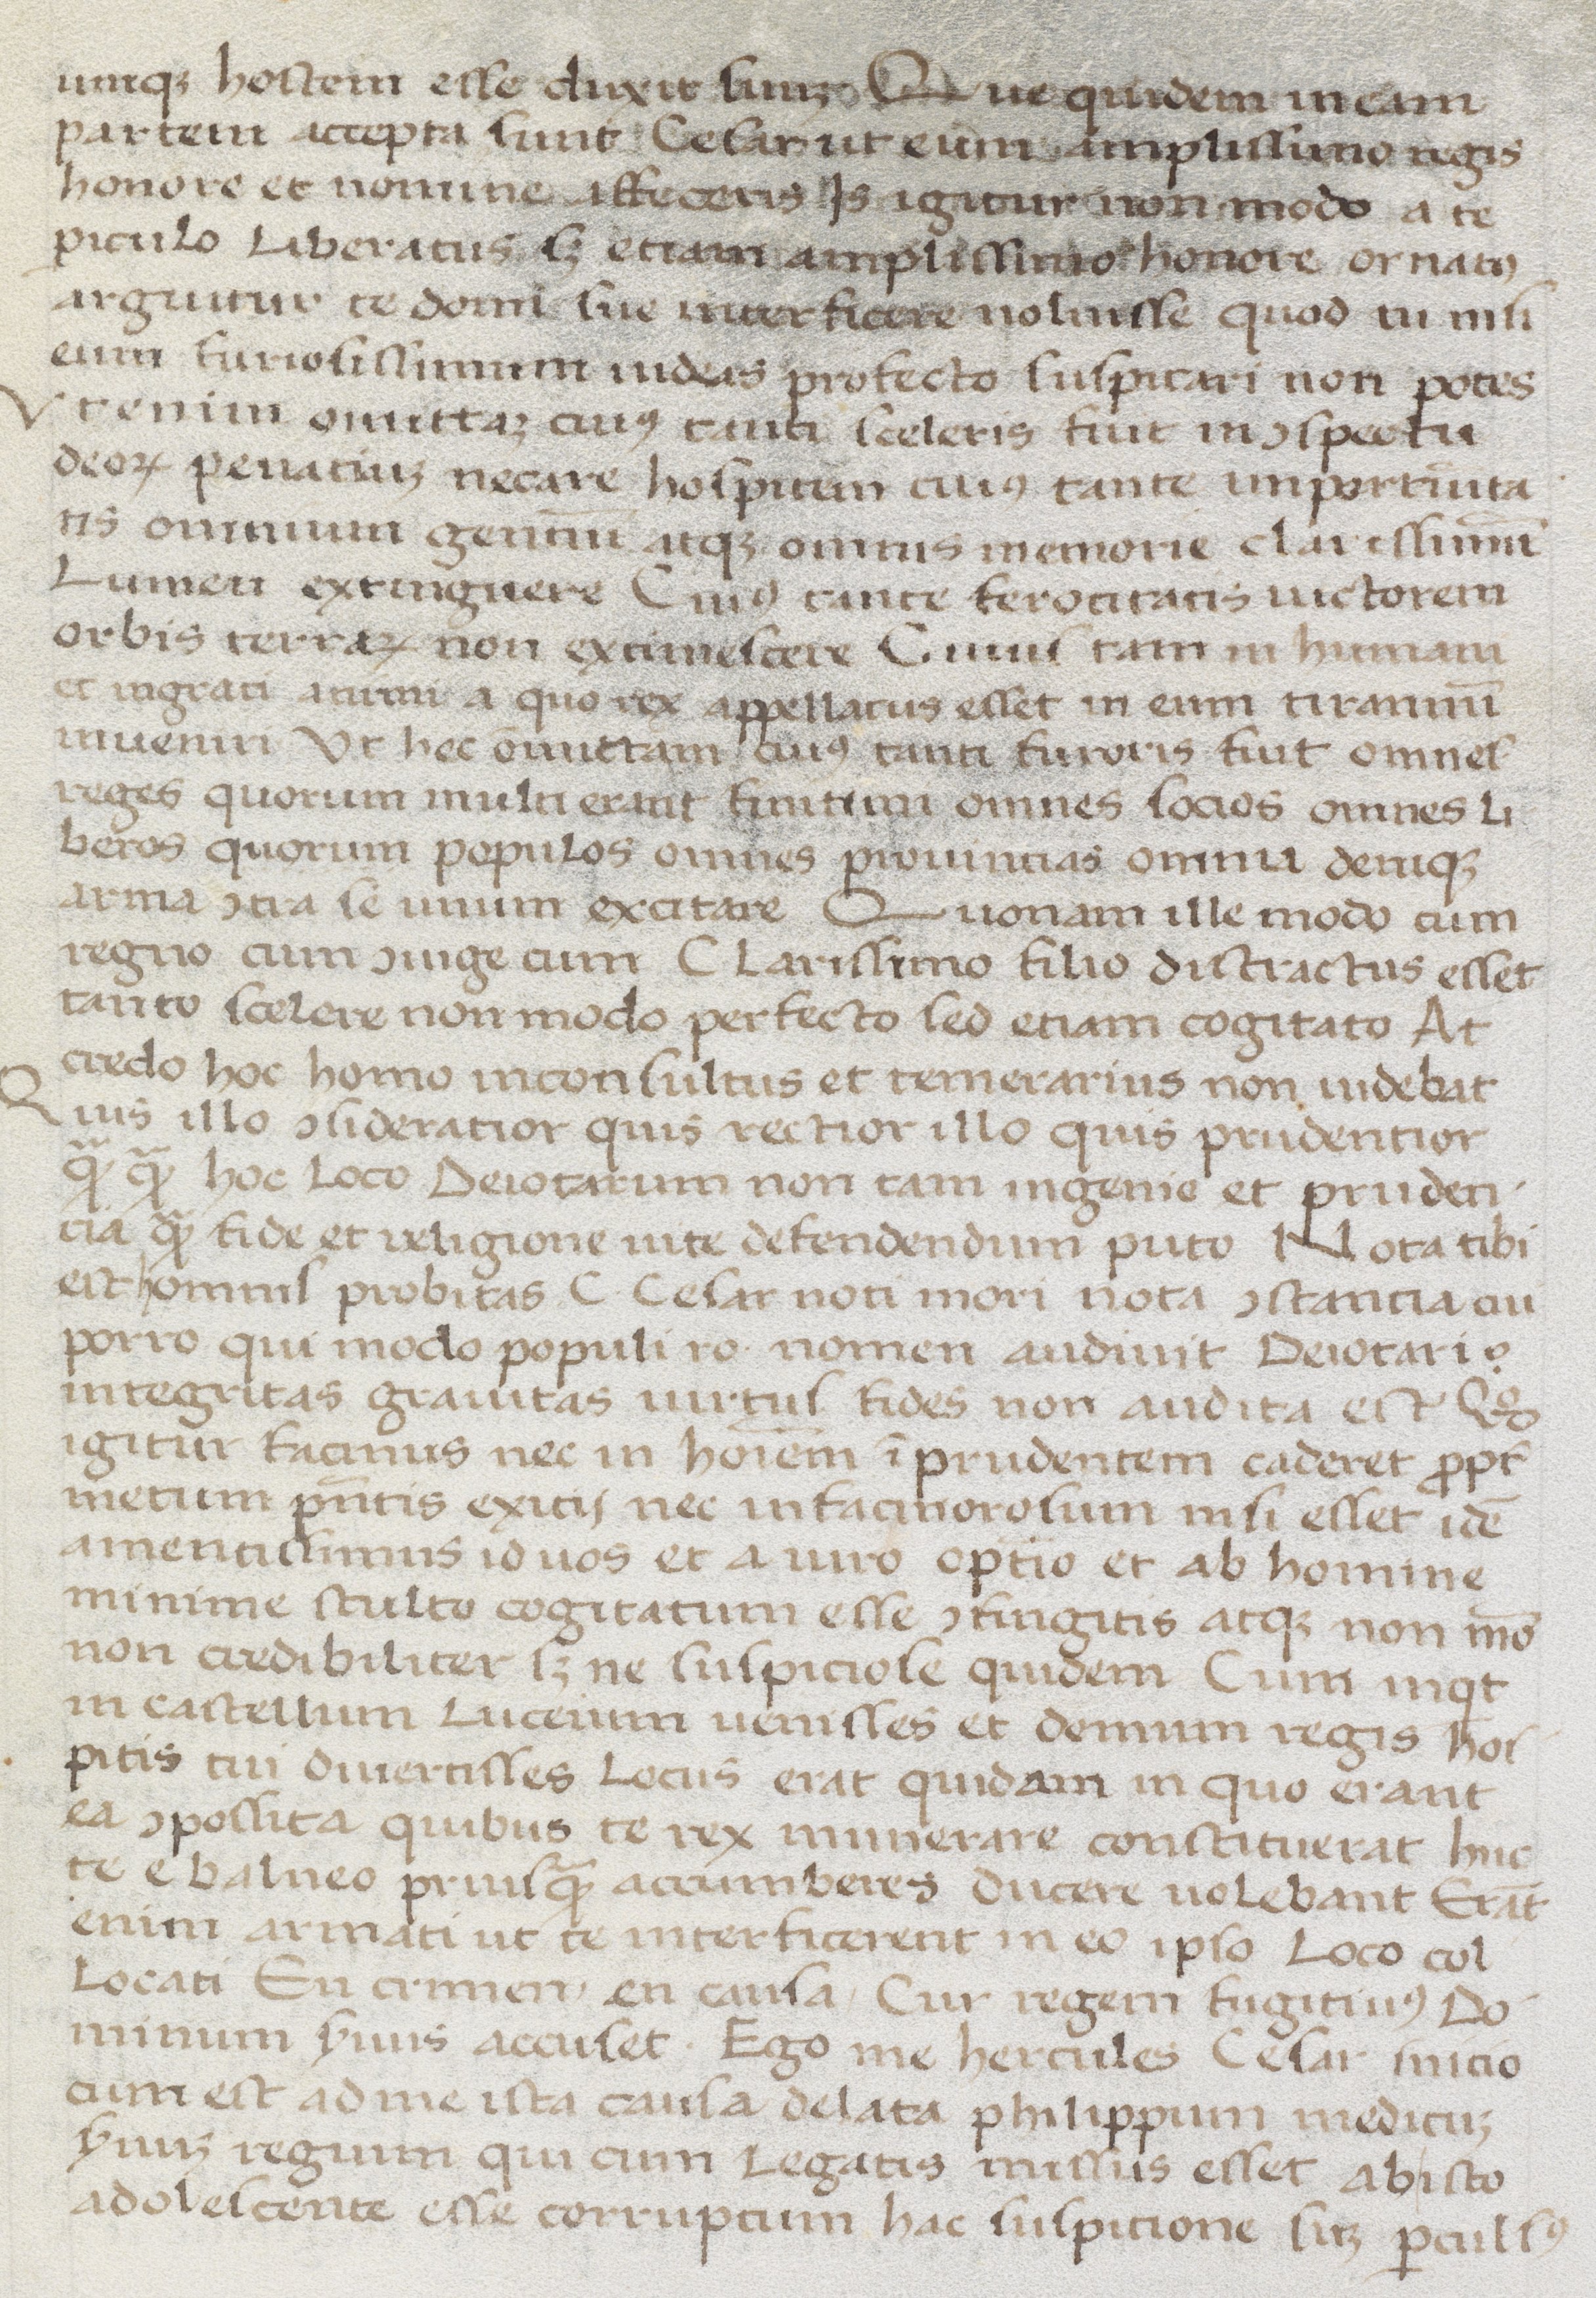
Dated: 1400–1499